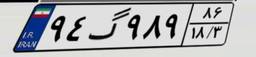
۹۴گ۹۸۹۸۶